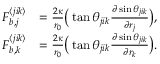
\begin{array} { r l } { \boldsymbol { F } _ { b , j } ^ { \langle j i k \rangle } } & { = \frac { 2 \kappa } { r _ { 0 } } \big ( \tan \theta _ { j i k } \frac { \partial \sin \theta _ { j i k } } { \partial \boldsymbol { r } _ { j } } \big ) , } \\ { \boldsymbol { F } _ { b , k } ^ { \langle j i k \rangle } } & { = \frac { 2 \kappa } { r _ { 0 } } \big ( \tan \theta _ { j i k } \frac { \partial \sin \theta _ { j i k } } { \partial \boldsymbol { r } _ { k } } \big ) . } \end{array}